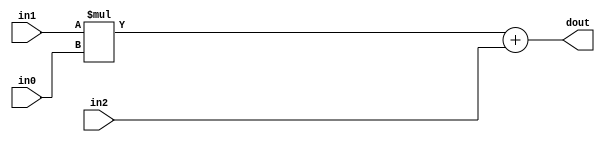
module hls_contrast_strecud_DSP48_1(
    input  [8 - 1:0] in0,
    input  [20 - 1:0] in1,
    input  [29 - 1:0] in2,
    output [29 - 1:0]  dout);

wire signed [25 - 1:0]     a;
wire signed [18 - 1:0]     b;
wire signed [48 - 1:0]     c;
wire signed [43 - 1:0]     m;
wire signed [48 - 1:0]     p;

assign a  = $unsigned(in1);
assign b  = $unsigned(in0);
assign c  = $unsigned(in2);

assign m  = a * b;
assign p  = m + c;

assign dout = p;

endmodule